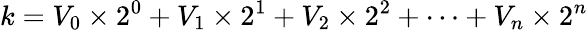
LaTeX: k=V_{0}\times 2^{0}+V_{1}\times 2^{1}+V_{2}\times 2^{2}+\dots+V_{n}\times 2^{n}